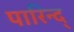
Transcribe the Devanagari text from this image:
पारिन्द्